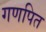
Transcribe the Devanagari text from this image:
गणपित